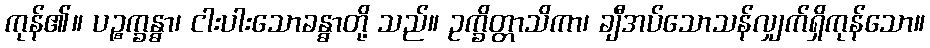
ကုန်၏။ ပဉ္စက္ခန္ဓာ၊ ငါးပါးသောခန္ဓာတို့ သည်။ ဥက္ခိတ္တာသိကာ၊ ချီအပ်သောသန်လျှက်ရှိကုန်သော။